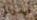
فيدرالي